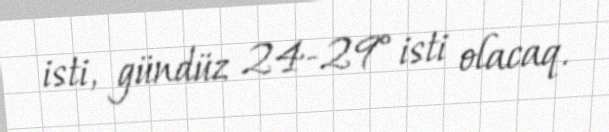
isti, gündüz 24-29° isti olacaq.